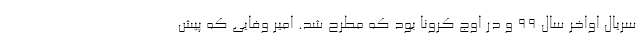
سریال اواخر سال ۹۹ و در اوج کرونا بود که مطرح شد. امیر وفایی که پیش